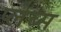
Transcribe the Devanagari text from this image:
प्लेब्स